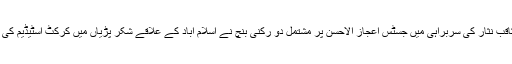
جمعہ کے روز چیف جسٹس میاں ثاقب نثار کی سربراہی میں جسٹس اعجاز الاحسن پر مشتمل دو رکنی بنچ نے اسلام آباد کے علاقے شکر پڑیاں میں کرکٹ اسٹیڈیم کی تعمیر کے معاملے پر سماعت کی۔